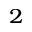
^ 2